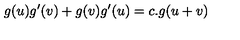
g ( u ) g ^ { \prime } ( v ) + g ( v ) g ^ { \prime } ( u ) = c . g ( u + v )